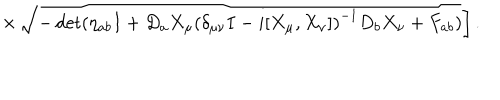
LaTeX: \times \left. \sqrt { - \det ( \eta _ { a b } I + D _ { a } X _ { \mu } \left( \delta _ { \mu \nu } I - i [ X _ { \mu } , X _ { \nu } ] \right) ^ { - 1 } D _ { b } X _ { \nu } + F _ { a b } ) } \right] .